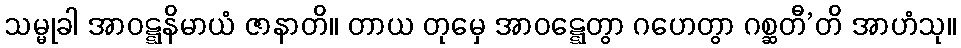
သမ္မုခါ အာဝဋ္ဋနိမာယံ ဇာနာတိ။ တာယ တုမှေ အာဝဋ္ဋေတွာ ဂဟေတွာ ဂစ္ဆတီ’တိ အာဟံသု။